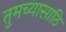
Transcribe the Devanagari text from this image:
तुमच्यासाठि